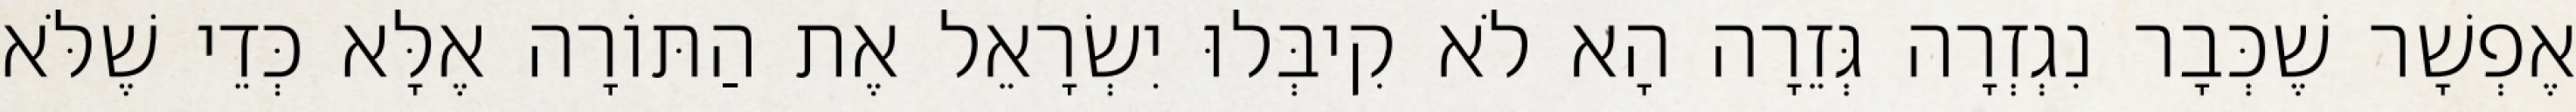
אֶפְשָׁר שֶׁכְּבָר נִגְזְרָה גְּזֵרָה הָא לֹא קִיבְּלוּ יִשְׂרָאֵל אֶת הַתּוֹרָה אֶלָּא כְּדֵי שֶׁלֹּא